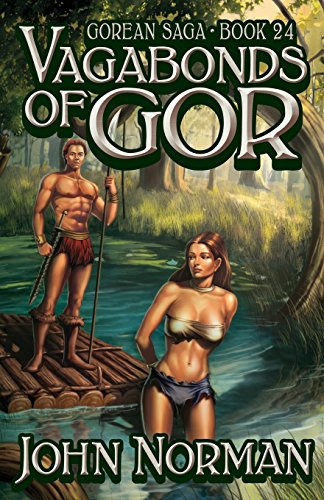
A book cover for Vagabonds of Gor (Gorean Saga); John Norman; Romance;